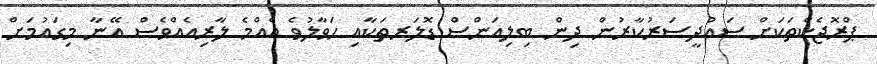
ޕްރޮޖެކްތަކަށް ސައުދީސަރުކާރުން ދިން ބިލިއަންސް ޑޮލަރތަކާއި ހަވާލުވެ އެއްމެ ލާރިއެއްވެސް އޭނާ މިގައުމަށް